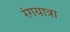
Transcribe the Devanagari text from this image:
रंगयात्रा